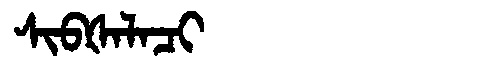
Manchu: ᠰᡳᠪᡧᠠᠯᠠᠴᡳ
Romanization: SIBŠALACI